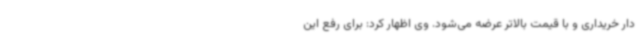
دار خریداری و با قیمت بالاتر عرضه می‌شود. وی اظهار کرد: برای رفع این